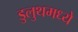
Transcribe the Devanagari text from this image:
डुलुथमध्ये